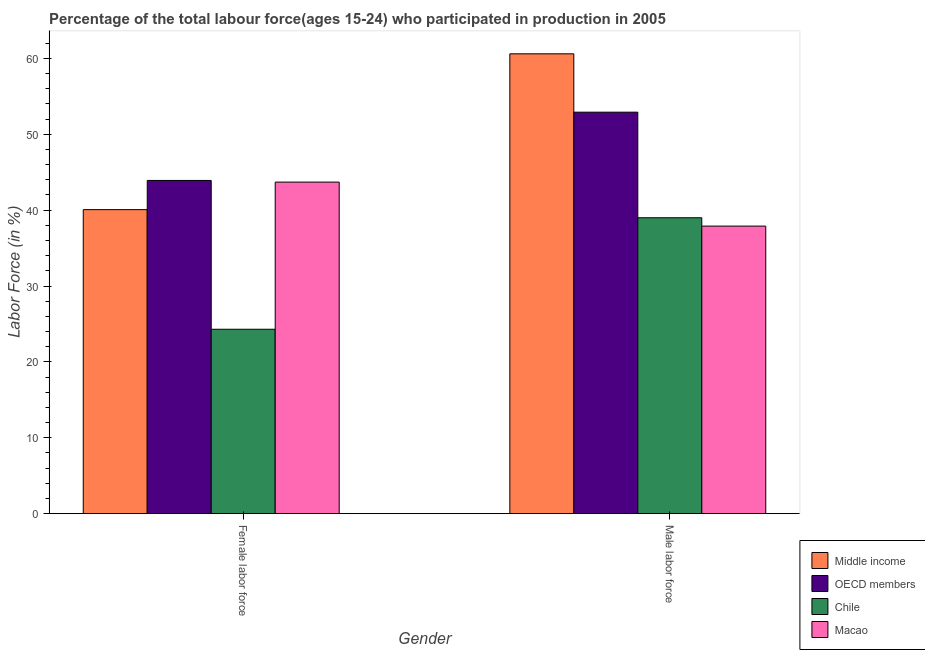
| Gender | Middle income | OECD members | Chile | Macao |
 | --- | --- | --- | --- | --- |
 | Female labor force | 40.1 | 43.9 | 24.3 | 43.7 |
 | Male labor force | 60.6 | 52.9 | 39 | 37.9 |